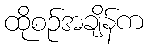
ထိုစဉ်အချိန်က